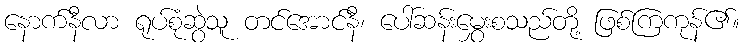
နောက်နီလာ ရုပ်စုံဆွဲသူ တင်အောင်နီ၊ ပေါ်ဆန်းမွှေးစသည်တို့ ဖြစ်ကြကုန်၏။